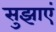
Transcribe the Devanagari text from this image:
सुझाएं